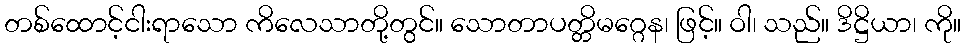
တစ်ထောင့်ငါးရာသော ကိလေသာတို့တွင်။ သောတာပတ္တိမဂ္ဂေန၊ ဖြင့်။ ဝါ၊ သည်။ ဒိဋ္ဌိယာ၊ ကို။